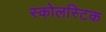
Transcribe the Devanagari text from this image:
स्कोलस्टिक